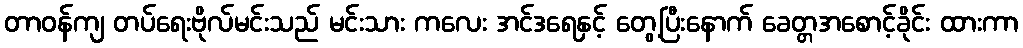
တာဝန်ကျ တပ်ရေးဗိုလ်မင်းသည် မင်းသား ကလေး အင်ဒရေနှင့် တွေ့ပြီးနောက် ခေတ္တအစောင့်ခိုင်း ထားကာ